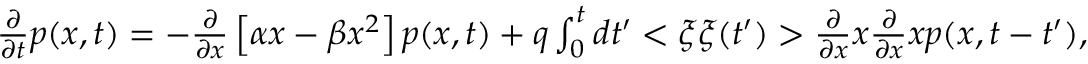
\begin{array} { r } { \frac { \partial } { \partial t } p ( x , t ) = - \frac { \partial } { \partial x } \left[ \alpha x - \beta x ^ { 2 } \right] p ( x , t ) + q \int _ { 0 } ^ { t } d t ^ { \prime } < \xi \xi ( t ^ { \prime } ) > \frac { \partial } { \partial x } x \frac { \partial } { \partial x } x p ( x , t - t ^ { \prime } ) , } \end{array}